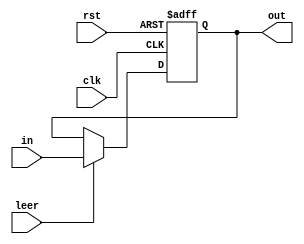
`timescale 1ns / 1ps
//////////////////////////////////////////////////////////////////////////////////
// Company: 
// Engineer: 
// 
// Design Name: 
// Module Name:    regs 
// Project Name: 
// Target Devices: 
// Tool versions: 
// Description: 
//
// Dependencies: 
//
// Revision: 
// Revision 0.01 - File Created
// Additional Comments: 
//
//////////////////////////////////////////////////////////////////////////////////
module regs#(parameter cant_bits = 25)(
				input wire [cant_bits-1:0] in,
				input wire clk, leer, rst,
				output reg [cant_bits-1:0] out
    );

initial out = 25'b0;

always @ (posedge clk, posedge rst)
	if(rst)
		out <= 0;
	else
		if(leer)
			out <= in;
		else
			out <= out;
			
endmodule